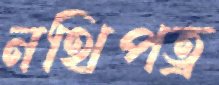
নথিপত্র